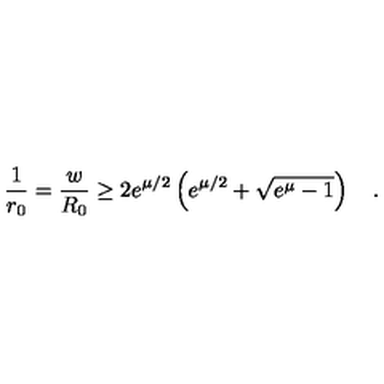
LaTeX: \frac { 1 } { r _ { 0 } } = \frac { w } { R _ { 0 } } \geq 2 e ^ { \mu / 2 } \left( e ^ { \mu / 2 } + \sqrt { e ^ { \mu } - 1 } \right) \quad .